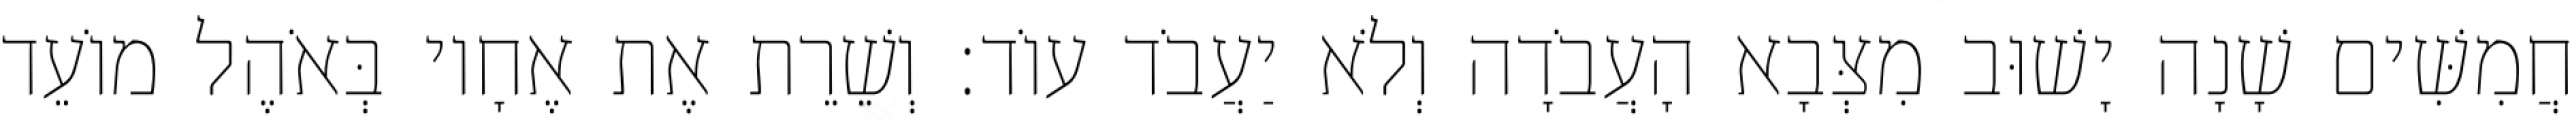
חֲמִשִּׁים שָׁנָה יָשׁוּב מִצְּבָא הָעֲבֹדָה וְלֹא יַעֲבֹד עוֹד׃ וְשֵׁרֵת אֶת אֶחָיו בְּאֹהֶל מוֹעֵד